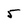
Character: 5